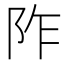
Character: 阼